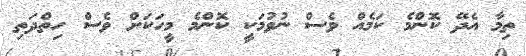
ތިމާ އެދޭ ކޮންމެ ކަމެއް ވެސް ނުވުމަކީ ކޮންމެ މީހަކަށް ވެސް ހިތްދަތި